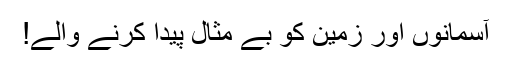
آسمانوں اور زمین کو بے مثال پیدا کرنے والے!